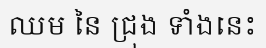
ឈម នៃ ជ្រុង ទាំងនេះ